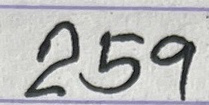
259